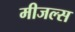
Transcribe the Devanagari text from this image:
मीजल्स